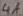
Text: 4A